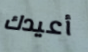
أعيدك